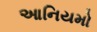
આનિયમો